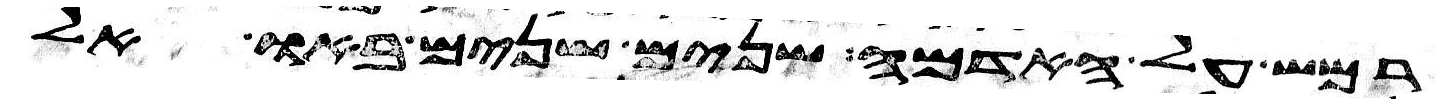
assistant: רמש על האדמה שנים שנים באו אל